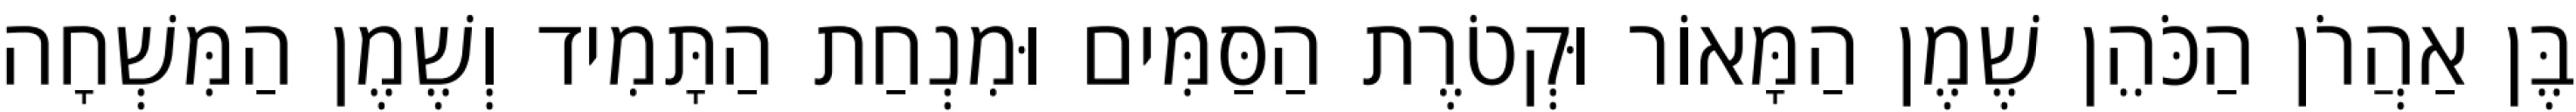
בֶּן אַהֲרֹן הַכֹּהֵן שֶׁמֶן הַמָּאוֹר וּקְטֹרֶת הַסַּמִּים וּמִנְחַת הַתָּמִיד וְשֶׁמֶן הַמִּשְׁחָה